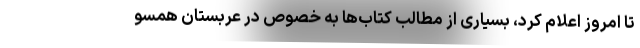
تا امروز اعلام کرد، بسیاری از مطالب کتاب‌ها به خصوص در عربستان همسو